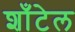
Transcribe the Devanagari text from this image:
शाँटेल